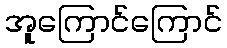
အူကြောင်ကြောင်